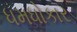
ધમધોકાર